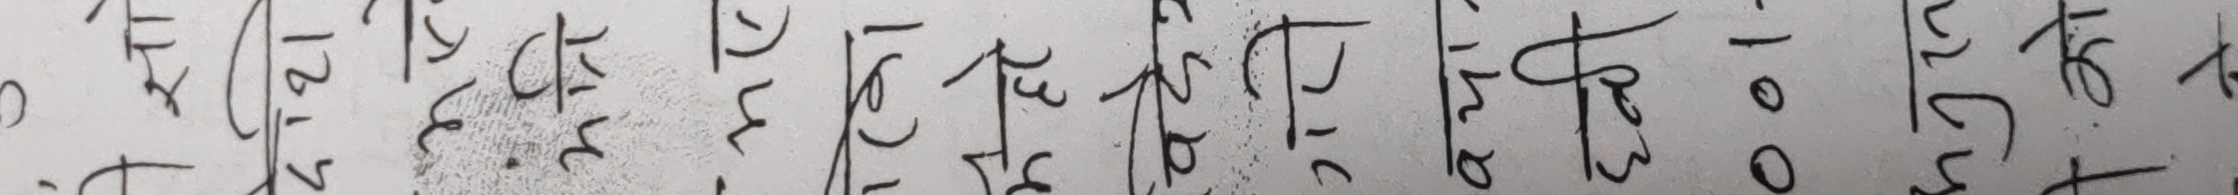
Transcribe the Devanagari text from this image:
१८० २०० ३२५ ३७० ३२५ ३५० २१० १०० २६० ३६०